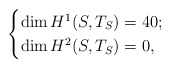
\begin{align*}\begin{cases}\dim H^1(S, T_S)= 40;\\\dim H^2(S, T_S)= 0,\end{cases}\end{align*}